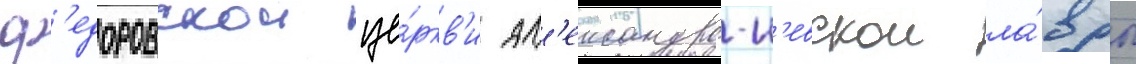
ф'едоровскои це́ркв'и ал'ександро-н'евскои ла́вры